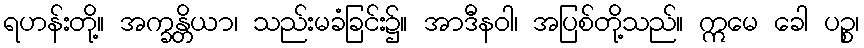
ရဟန်းတို့။ အက္ခန္တိယာ၊ သည်းမခံခြင်း၌။ အာဒီနဝါ၊ အပြစ်တို့သည်။ ဣမေ ခေါ ပဉ္စ၊